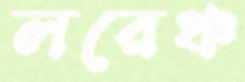
লরেঞ্চ